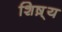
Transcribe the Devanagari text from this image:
शिष़्य